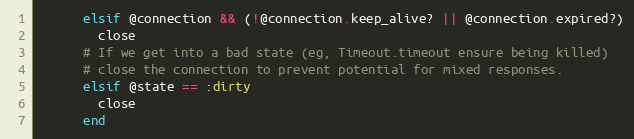
Language: Ruby
      elsif @connection && (!@connection.keep_alive? || @connection.expired?)
        close
      # If we get into a bad state (eg, Timeout.timeout ensure being killed)
      # close the connection to prevent potential for mixed responses.
      elsif @state == :dirty
        close
      end